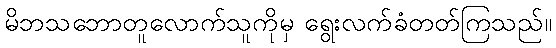
မိဘသဘောတူလောက်သူကိုမှ ရွေးလက်ခံတတ်ကြသည်။